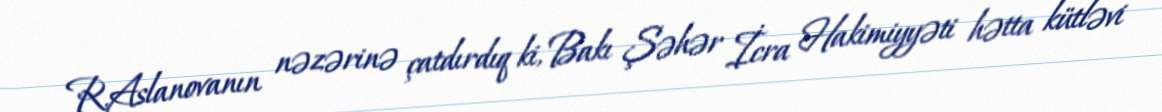
R.Aslanovanın nəzərinə çatdırdıq ki, Bakı Şəhər İcra Hakimiyyəti hətta kütləvi